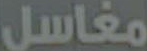
مغاسل